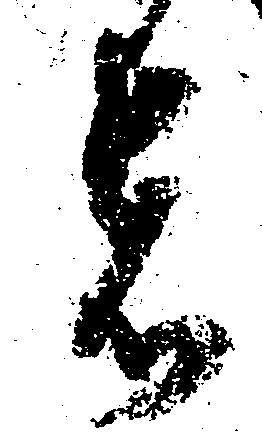
者